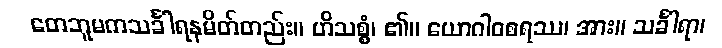
တေဘူမကသင်္ခါရနမိတ်တည်း။ ဟိသစ္စံ၊ ၏။ ယောဂါဝစရဿ၊ အား။ သင်္ခါရာ၊